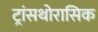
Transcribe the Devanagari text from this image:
ट्रांसथोरासिक